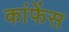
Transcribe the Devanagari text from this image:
कांफेंस